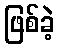
ဖြစ်ခဲ့